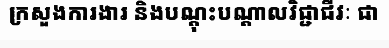
ក្រសួងការងារ និងបណ្តុះបណ្តាលវិជ្ជាជីវៈ ជា